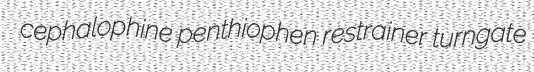
cephalophine penthiophen restrainer turngate